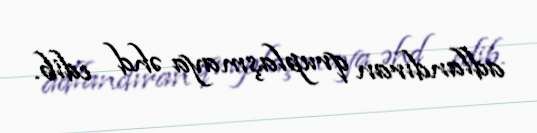
adlandıran qruplaşmaya əhd edib.